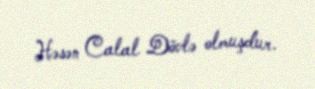
Həsən Calal Dövlə olmuşdur.